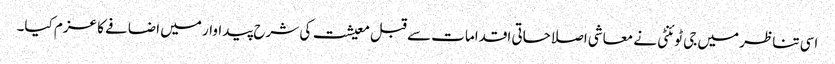
اسی تناظر میں جی ٹوئنٹی نے معاشی اصلاحاتی اقدامات سے قبل معیشت کی شرح پیداوار میں اضافے کا عزم کیا۔